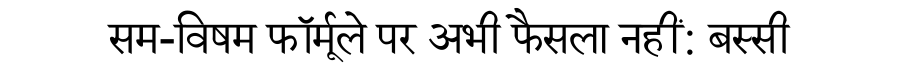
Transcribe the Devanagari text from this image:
सम-विषम फॉर्मूले पर अभी फैसला नहीं: बस्सी